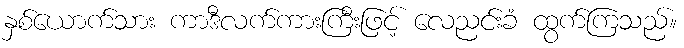
နှစ်ယောက်သား ကာဒီလက်ကားကြီးဖြင့် လေညင်းခံ ထွက်ကြသည်။